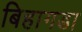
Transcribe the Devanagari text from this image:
बिहागडा